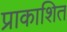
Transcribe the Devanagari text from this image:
प्राकाशित